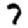
Digit: 7